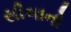
સીબાનો